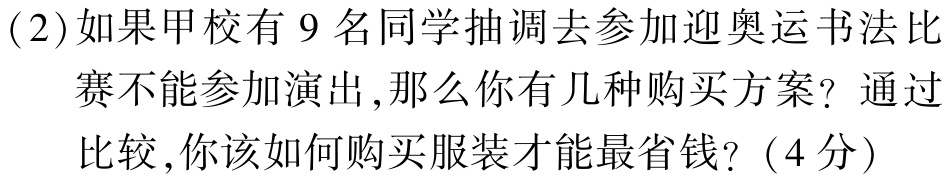
(2)如果甲校有 9 名同学抽调去参加迎奥运书法比

赛不能参加演出,那么你有几种购买方案？通过

比较,你该如何购买服装才能最省钱？（4分）